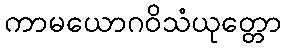
ကာမယောဂဝိသံယုတ္တော